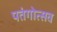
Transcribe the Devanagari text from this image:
पतंगोत्सव